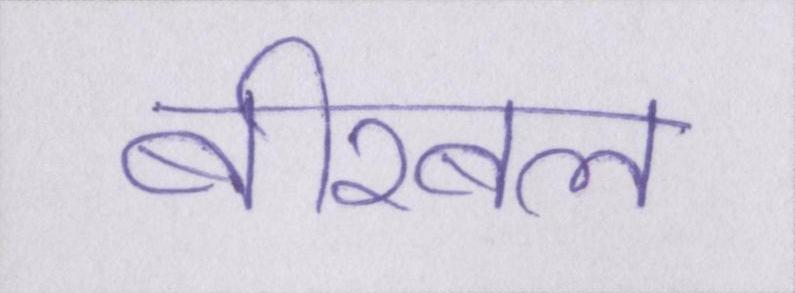
बीरबल